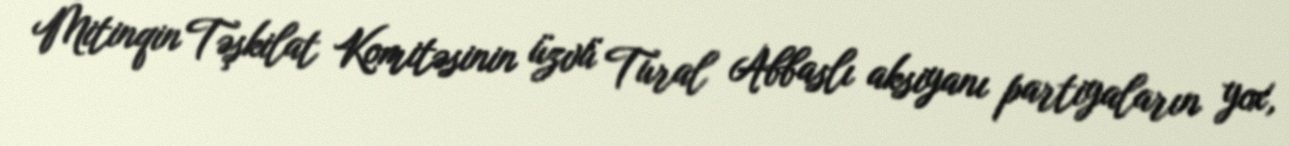
Mitinqin Təşkilat Komitəsinin üzvü Tural Abbaslı aksiyanı partiyaların yox,